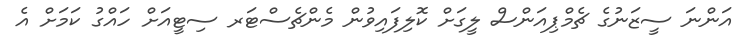
އަންނަ ސީޒަނުގެ ޗެމްޕިއަންސް ލީގަށް ކޮލިފައިވުން މެންޗެސްޓަރ ސިޓީއަށް ހައްގު ކަމަށް އެ